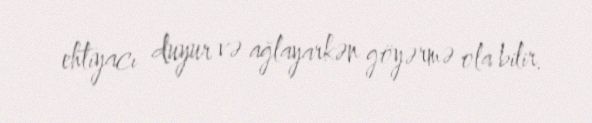
ehtiyacı duyur və ağlayarkən göyərmə ola bilir.